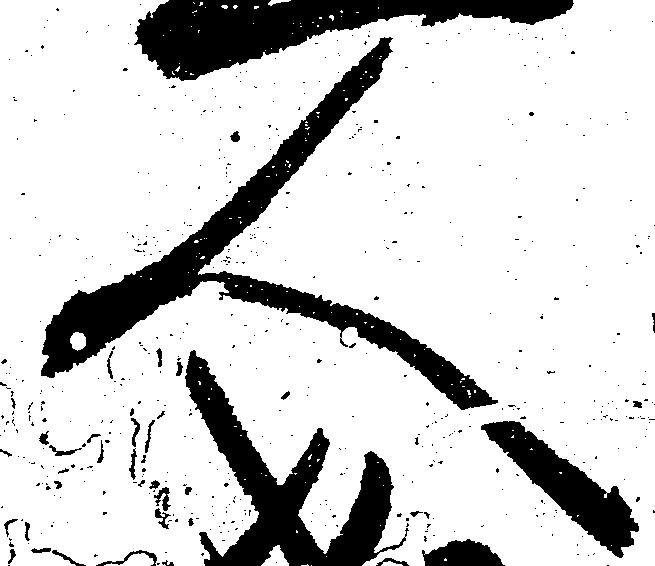
人